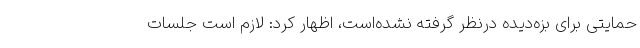
حمایتی برای بزه‌دیده درنظر گرفته نشده‌است، اظهار کرد: لازم است جلسات